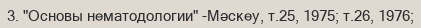
3. "Основы нематодологии" -Мәскеу, т.25, 1975; т.26, 1976;